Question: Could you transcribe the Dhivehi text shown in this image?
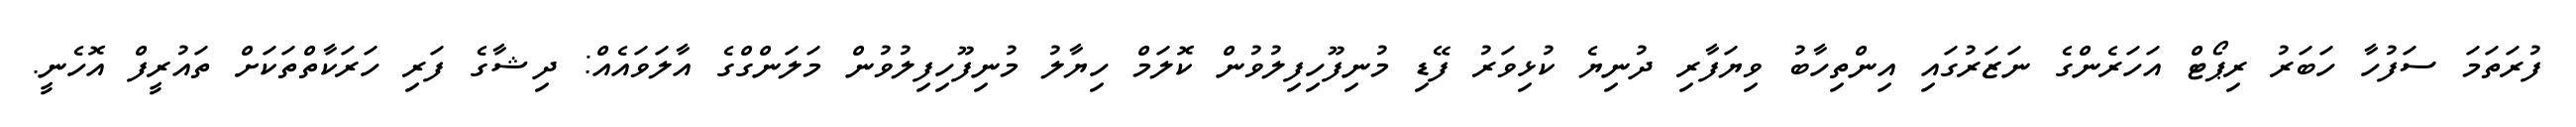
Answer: ފުރަތަމަ ސަފުހާ ހަބަރު ރިޕޯޓް އަހަރެންގެ ނަޒަރުގައި އިންތިހާބު ވިޔަފާރި ދުނިޔެ ކުޅިވަރު ފޭޑި މުނިފޫހިފިލުވުން ކޮލަމް ހިޔާލު މުނިފޫހިފިލުވުން މަލަންގްގެ އާލަވައެއް: ދިޝާގެ ފަރި ހަރަކާތްތަކަށް ތައުރީފް އޮހެނީ.